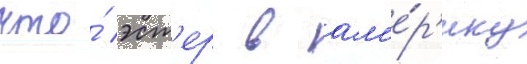
что́ эст'ер в ам'е́р'ику